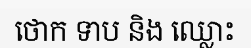
ថោក ទាប និង ឈ្លោះ